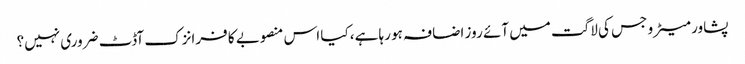
پشاور میٹرو جس کی لاگت میں آئے روز اضافہ ہو رہا ہے، کیا اس منصوبے کا فرانزک آڈٹ ضروری نہیں؟